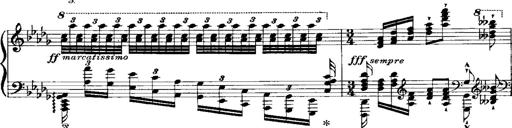
Title: RÃ©miniscences de 'Lucia di Lammermoor'
Composer: Franz Liszt